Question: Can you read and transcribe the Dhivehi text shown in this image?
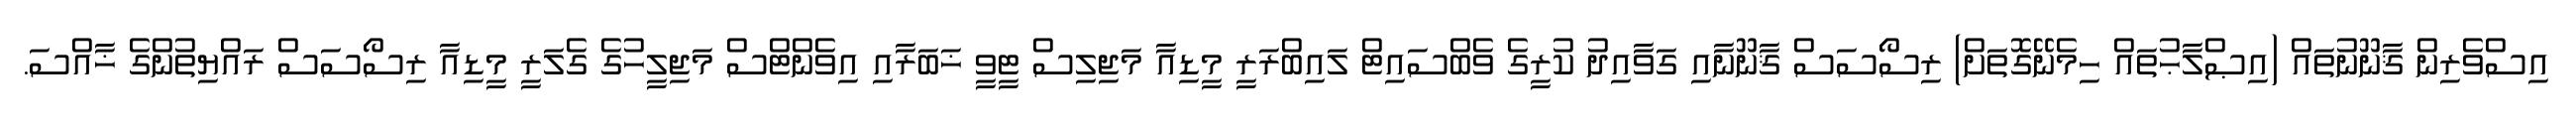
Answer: އިސްވެރިން ޤާނޫނުތައް (އިޞްލާޙުތައް ހިމެނޭގޮތަށް) ރިސޯސަސް ޤާނޫނާއި ގަވާއިދު ކުރީގެ ވެބްސައިޓް ލައިބްރަރީ މީޑިއާ މަޖިލިސް ޓީވީ ޚަބަރާއި އިވެންޓްސް މަޖިލީހުގެ ގެލަރީ މީޑިއާ ރިސޯސަސް ރައްޔިތުންގެ ޚާއްސަ.